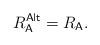
LaTeX: \begin{align*} R_\mathsf{A}^\mathsf{Alt}= R_\mathsf{A}.\end{align*}